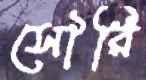
সৌরি